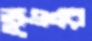
ভূঞার